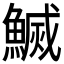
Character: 𬵢